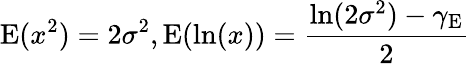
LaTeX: \operatorname{E}(x^{2})=2\sigma^{2},\operatorname{E}(\ln(x))={\frac{\ln(2\sigma^{2})-\gamma_{\mathrm{E}}}{2}}